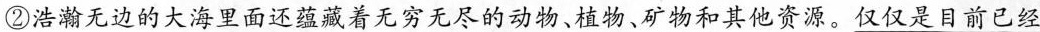
②浩瀚无边的大海里面还蕴藏着无穷无尽的动物、植物、矿物和其他资源。仅仅是目前已经